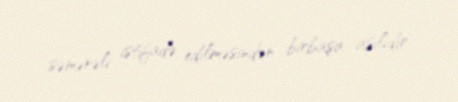
səmərəli istifadə edilməsindən birbaşa asılıdır.